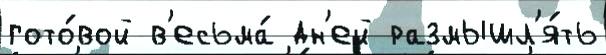
гото́вой в'есьма́ дн'ей размышл'я́ть